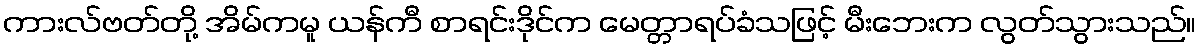
ကားလ်ဗတ်တို့ အိမ်ကမူ ယန်ကီ စာရင်းဒိုင်က မေတ္တာရပ်ခံသဖြင့် မီးဘေးက လွတ်သွားသည်။